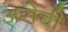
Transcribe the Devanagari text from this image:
अरोची